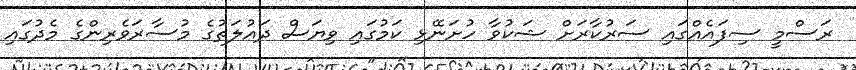
ރަސްމީ ސިފައެއްގައި ސަރުކާރަށް ޝަކުވާ ހުށަނޭޅި ކަމުގައި ވިޔަސް ދައުލަތުގެ މުސާރަވެރިންގެ މެދުގައި